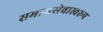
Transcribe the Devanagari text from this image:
समाजसेवास्वरूप